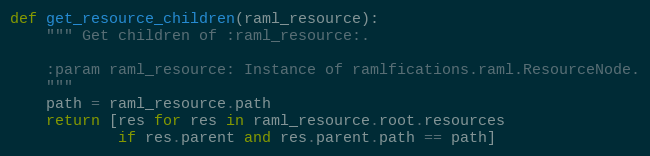
Language: Python
def get_resource_children(raml_resource):
    """ Get children of :raml_resource:.

    :param raml_resource: Instance of ramlfications.raml.ResourceNode.
    """
    path = raml_resource.path
    return [res for res in raml_resource.root.resources
            if res.parent and res.parent.path == path]